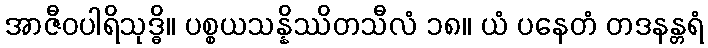
အာဇီဝပါရိသုဒ္ဓိ။ ပစ္စယသန္နိဿိတသီလံ ၁၈။ ယံ ပနေတံ တဒနန္တရံ